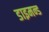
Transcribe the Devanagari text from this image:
डाइमन्ड